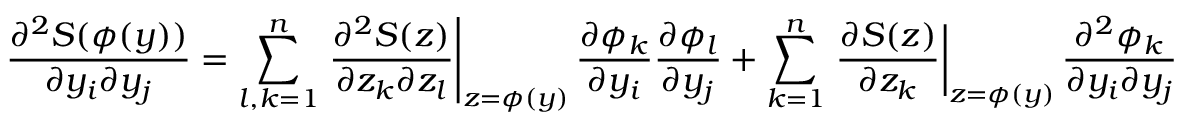
{ \frac { \partial ^ { 2 } S ( { \boldsymbol { \phi } } ( y ) ) } { \partial y _ { i } \partial y _ { j } } } = \sum _ { l , k = 1 } ^ { n } \left. { \frac { \partial ^ { 2 } S ( z ) } { \partial z _ { k } \partial z _ { l } } } \right| _ { z = { \boldsymbol { \phi } } ( y ) } { \frac { \partial \phi _ { k } } { \partial y _ { i } } } { \frac { \partial \phi _ { l } } { \partial y _ { j } } } + \sum _ { k = 1 } ^ { n } \left. { \frac { \partial S ( z ) } { \partial z _ { k } } } \right| _ { z = { \boldsymbol { \phi } } ( y ) } { \frac { \partial ^ { 2 } \phi _ { k } } { \partial y _ { i } \partial y _ { j } } }